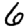
Digit: 6